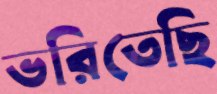
ভরিতেছি